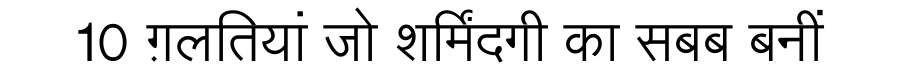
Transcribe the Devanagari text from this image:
10 ग़लतियां जो शर्मिंदगी का सबब बनीं